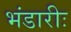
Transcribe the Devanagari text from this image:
भंडारीः